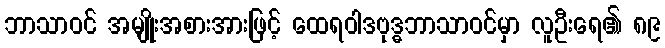
ဘာသာဝင် အမျိုးအစားအားဖြင့် ထေရဝါဒဗုဒ္ဓဘာသာဝင်မှာ လူဦးရေ၏ ၈၉